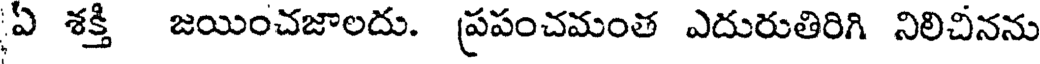
ఏ శక్తి జయించజాలదు. ప్రపంచమంత ఎదురుతిరిగి నిలిచినను